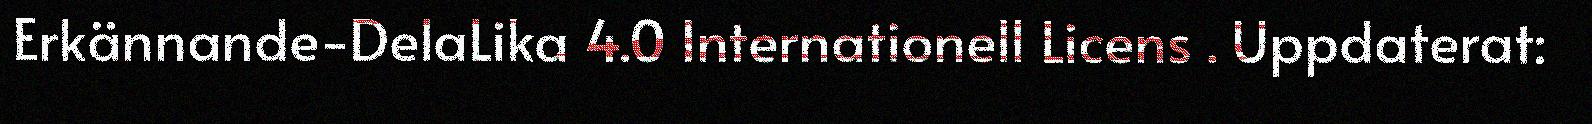
Erkännande-DelaLika 4.0 Internationell Licens . Uppdaterat: